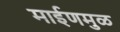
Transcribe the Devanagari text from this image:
माईणमुळ